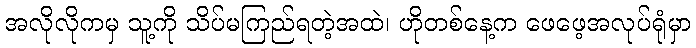
အလိုလိုကမှ သူ့ကို သိပ်မကြည်ရတဲ့အထဲ၊ ဟိုတစ်နေ့က ဖေဖေ့အလုပ်ရုံမှာ